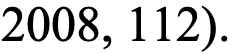
2008, 112).